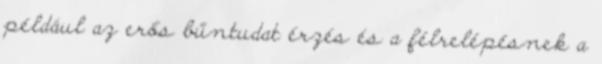
például az erős bűntudat érzés és a félrelépésnek a